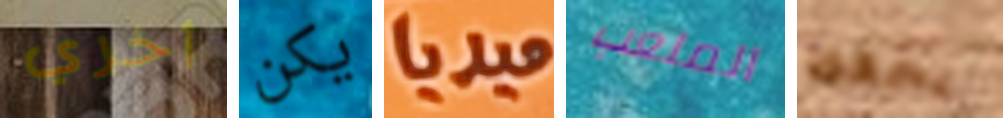
أخري يكن ميديا الملعب يحفظ